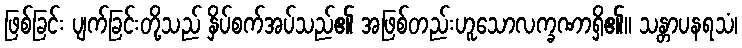
ဖြစ်ခြင်း ပျက်ခြင်းတို့သည် နှိပ်စက်အပ်သည်၏ အဖြစ်တည်းဟူသောလက္ခဏာရှိ၏။ သန္တာပနရသံ၊